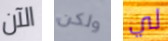
الآن ولكن لي